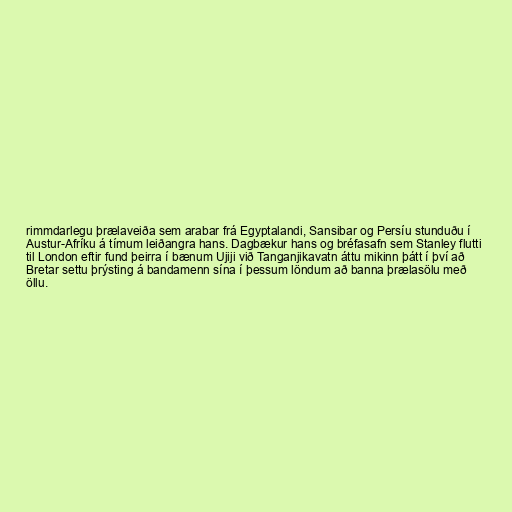
rimmdarlegu þrælaveiða sem arabar frá Egyptalandi, Sansibar og Persíu stunduðu í
Austur-Afríku á tímum leiðangra hans. Dagbækur hans og bréfasafn sem Stanley flutti
til London eftir fund þeirra í bænum Ujiji við Tanganjikavatn áttu mikinn þátt í því að
Bretar settu þrýsting á bandamenn sína í þessum löndum að banna þrælasölu með
öllu.